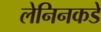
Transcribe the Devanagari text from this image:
लेनिनकडे